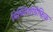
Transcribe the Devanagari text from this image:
बिब्लियोग्रैफिक